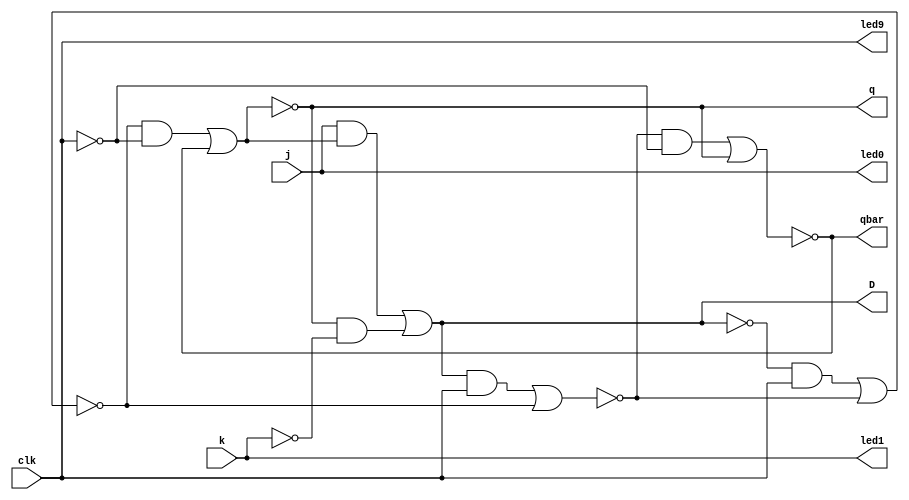
/*
module Lab_7(
	input S,R,clk,
	output Q,Q_not,led0,led1,led9
	);
 
	assign led0 = R;   //R = SW[0], LEDR[0]
	assign led1 = S;   //S = SW[1], LEDR[1]
	assign led9 = clk;

	//norFF(S,R,Q,Q_not);
	//nandFF(S,R,Q,Q_not);
	//latchSR(S,R,clk,Q,Q_not);
	//latchD(S,clk,Q,Q_not,led0);
	//latchJK(R,S,clk,Q,Q_not);
	latchMS(R,S,clk,Q,Q_not);
	
endmodule

//2a
module norFF(
    input wire S, R,
    output wire Q, Q_not
	 );
	 
	 nor n0(Q,R,Q_not);
	 nor n1(Q_not,S,Q);
	 
endmodule

//2a
module nandFF(
    input wire S, R,
    output wire Q, Q_not1
	 );
	 
	 not(Sbar,S);
	 not(Rbar,R);	 
	 nand n0(Q,Sbar,Q_not);
	 nand n1(Q_not,Rbar,Q);
	 
endmodule

//2b
module latchSR(
    input S, R, clk,
    output Q, Q_not
	 );
	
	wire Rint;
	wire Sint;
	
	and n0(Rint,R,clk);
	and n1(Sint,S,clk);
	nor n2(Q,Rint,Q_not);
	nor n3(Q_not,Sint,Q);
	 
endmodule

//2c
module latchD(
	input D, clk,
   output Q, Q_not, led0
	);

   wire Dn;

	assign led0 = ~D;
	
   not(Dn, D);   
	
	latchSR s1(D,Dn,clk,Q,Q_not);
	
endmodule 

//2d
module latchJK(
	input j,k,clk,
	output q,qbar,
	output reg D
	);

	wire n1; 
	wire n2;	
	wire n3;
	
	assign led0 = j;
	assign led1 = k;
	assign led9 = clk;

//	always @(clk)
//		begin
//			D <= (j & ~q)|(q & ~k);
//		end
//	
//	latchSR(D,clk,q,qbar);
	
	and(n1,j,qbar);
	and(n2,q,~k);
	or(n3,n1,n2);
	
	latchD(n3,clk,q,qbar);

endmodule

//2e
module latchMS(
	input j,k,clk,
	output Q,Q_not,
	output reg D
	);
	
	wire n1,n2;
	
	always @(clk)
		begin
			D <= (j & ~Q)|(Q & ~k);

		end
	
	latchD m(D,clk,n1,n2); //master
	latchD s(n1,~clk,Q,Q_not); //slave

	
endmodule
*/

///////////////////////////////////////////////////////////


/*
//2a
//SR NOR FF
//S = SW[1], LEDR[1]
//R = SW[0], LEDR[0]

module Lab_7(
    input wire S, R,
    output wire Q, Q_not, led0, led1
	 );

	 assign led0 = R;   //used to assign led to input switches
	 assign led1 = S;
	 
	 nor n0(Q,R,Q_not); //modelling the gates for the latch
	 nor n1(Q_not,S,Q); //output Q_not becomes an input for the first gate n0
	 
endmodule
*/

/*
//2a
////SR NAND FF
//Sbar = SW[1], LEDR[1]
//Rbar = SW[0], LEDR[0]
module Lab_7(
    input wire S, R,
    output wire Q, Q_not, led0, led1
	 );

	 assign led0 = R;  //used to assign led to input switches
	 assign led1 = S;
	 
	 not(Sbar,S);   //inveriting inputs of S and R
	 not(Rbar,R);	 
	 nand n0(Q,Sbar,Q_not);  //modelling the gates for the latch
	 nand n1(Q_not,Rbar,Q);  //output Q_not becomes an input for the first gate n0
	 
endmodule
*/

/*
module subLab_7(
    input wire S, R, clk,
    output wire Q, Q_not, led0, led1, led9
	 );
	
	wire Rint; //intermeidate wires going into the nor gates
	wire Sint;
	
	assign led0 = R;    //used to assign led to input switches
	assign led1 = S;
	assign led9 = clk;  //led indicating clk on or off
	
	and n0(Rint,R,clk);    //modelling the gates for the latch
	and n1(Sint,S,clk);
	nor n2(Q,Rint,Q_not);
	nor n3(Q_not,Sint,Q);  //output Q_not becomes an input for the first gate n2
	 
endmodule
*/


/*
//2b
module latchSR(
    input S, R, clk,
    output Q, Q_not
	 );
	
	wire Rint;
	wire Sint;
	
	and n0(Rint,R,clk);
	and n1(Sint,S,clk);
	nor n2(Q,Rint,Q_not);
	nor n3(Q_not,Sint,Q);
	 
endmodule
*/

/*
//2c
module latchD(
	input D,
   input clk,
   output Q,
   output Q_not,
	output led0,led1,led9
	);

   wire Dn;

	assign led0 = ~D;   //used to assign led to input switches
	assign led1 = D;
	assign led9 = clk;  //led indicating clk on or off
	
   not(Dn, D);     //inverting the D input going into the SR latch 
	latchSR s1(D,Dn,clk,Q,Q_not); //calling the SR latch with D latch inputs
	
endmodule 
*/


/*
//2d
module latchJK(
	input j,k,clk,
	output q,qbar,led0,led1,led9,
	output reg D
	);

	wire n1; 
	wire n2;	
	wire n3;
	
	assign led0 = j;   //used to assign led to input switches
	assign led1 = k;
	assign led9 = clk; //led indicating clk on or off
 
	always @(clk)
		begin
			D <= (j & ~q)|(q & ~k); //sop from karnough map
		end
	
	latchSR(D,clk,q,qbar); //calling SR latch using J and K inputs for D
	
//	and(n1,j,qbar); //behavioral modelling method for the karnaugh map sop
//	and(n2,q,~k);
//	or(n3,n1,n2);
//	
//	latchD (n3,clk,q,qbar);

endmodule
*/


module Lab_7( //master-slave
	input j,k,clk,
	output q,qbar,led0,led1,led9,
	output reg D
	);
	
	wire mq,mq_not,mr,ms,sr,ss;
	
	assign led0=j;   //used to assign led to input switches
	assign led1=k;
	assign led9=clk; //led indicating clk on or off
	
	always @(clk)
		begin
			D <= (j & ~q)|(q & ~k); //continuous assignment of sop from karnough map
		end
	
	and(mr,~D,clk); //modelling the master and slave latches with behavioral moddeling
	and(ms,D,clk);  //master slave AND gates
	
	nor(mq,mr,mq_not); //ouptuts from master latch NOR gates
	nor(mq_not,ms,mq);
	
	and(sr,mq,~clk);     //outputs from master latch fed into inputs of slave latch
	and(ss,mq_not,~clk);
	
	nor(q,sr,qbar);  //outputs of slave latch is q or qbar
	nor(qbar,ss,q);
	
	// latchD d1(D,clk,n1,n2); //master      //calling latches resaulted problems on the board so 
	// latchD d2(n1,~clk,q,qbar); //slave    //behavioral moddeling was used instead
	
	
endmodule